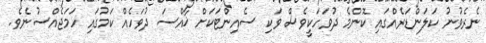
ނެރެވުނު ކަލަންޑަރެއްގައި ކޮންމެ ދުވަހަކީވެސް ވަކި ސެއިންޓަކަށް ޚާއްސަ ދުވަހެއް ކަމުގައި ހަމަޖެއްސުނެވެ.